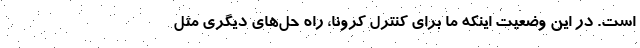
است. در این وضعیت اینکه ما برای کنترل کرونا، راه حل‌های دیگری مثل